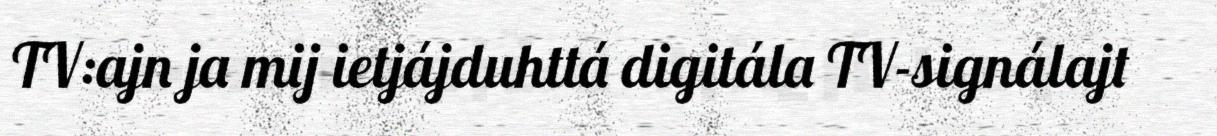
TV:ajn ja mij ietjájduhttá digitála TV-signálajt